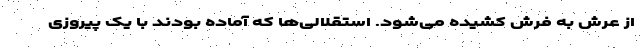
از عرش به فرش کشیده می‌شود. استقلالی‌ها که آماده بودند با یک پیروزی